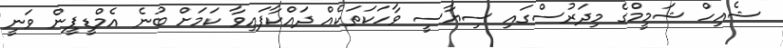
ޝެއިހް ޝަމީމްގެ މިދަރުސްގައި ސިޔާސީ ވާހަކަތަކެއް ދައްކާފައިވާ ކަމަށް ބުނެ އެމްޑީޕީން ވަނީ